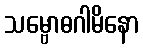
သမ္ဗောဓဂါမိနော